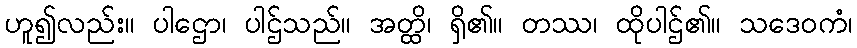
ဟူ၍လည်း။ ပါဌော၊ ပါဌ်သည်။ အတ္ထိ၊ ရှိ၏။ တဿ၊ ထိုပါဌ်၏။ သဒေဝကံ၊